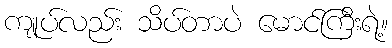
ကျုပ်လည်း သိပ်တာပဲ မောင်ကြီးရဲ့။